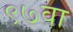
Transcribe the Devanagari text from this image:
९७वा